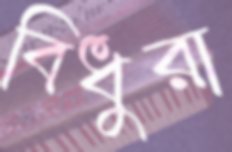
বিধুরা